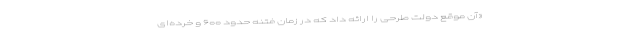
«آن موقع دولت طرحی را ارائه داد که در زمان فتنه حدود ۶۰۰ و خرده‌ای